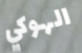
الهوكي